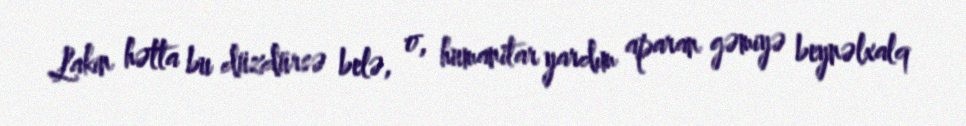
Lakin hətta bu düzdürsə belə, o, humanitar yardım aparan gəmiyə beynəlxalq